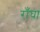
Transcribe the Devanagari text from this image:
राँघा